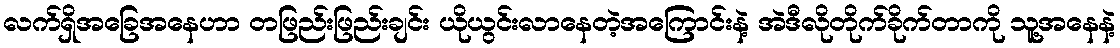
လက်ရှိအခြေအနေဟာ တဖြည်းဖြည်းချင်း ယိုယွင်းလာနေတဲ့အကြောင်းနဲ့ အဲဒီလိုတိုက်ခိုက်တာကို သူ့အနေနဲ့